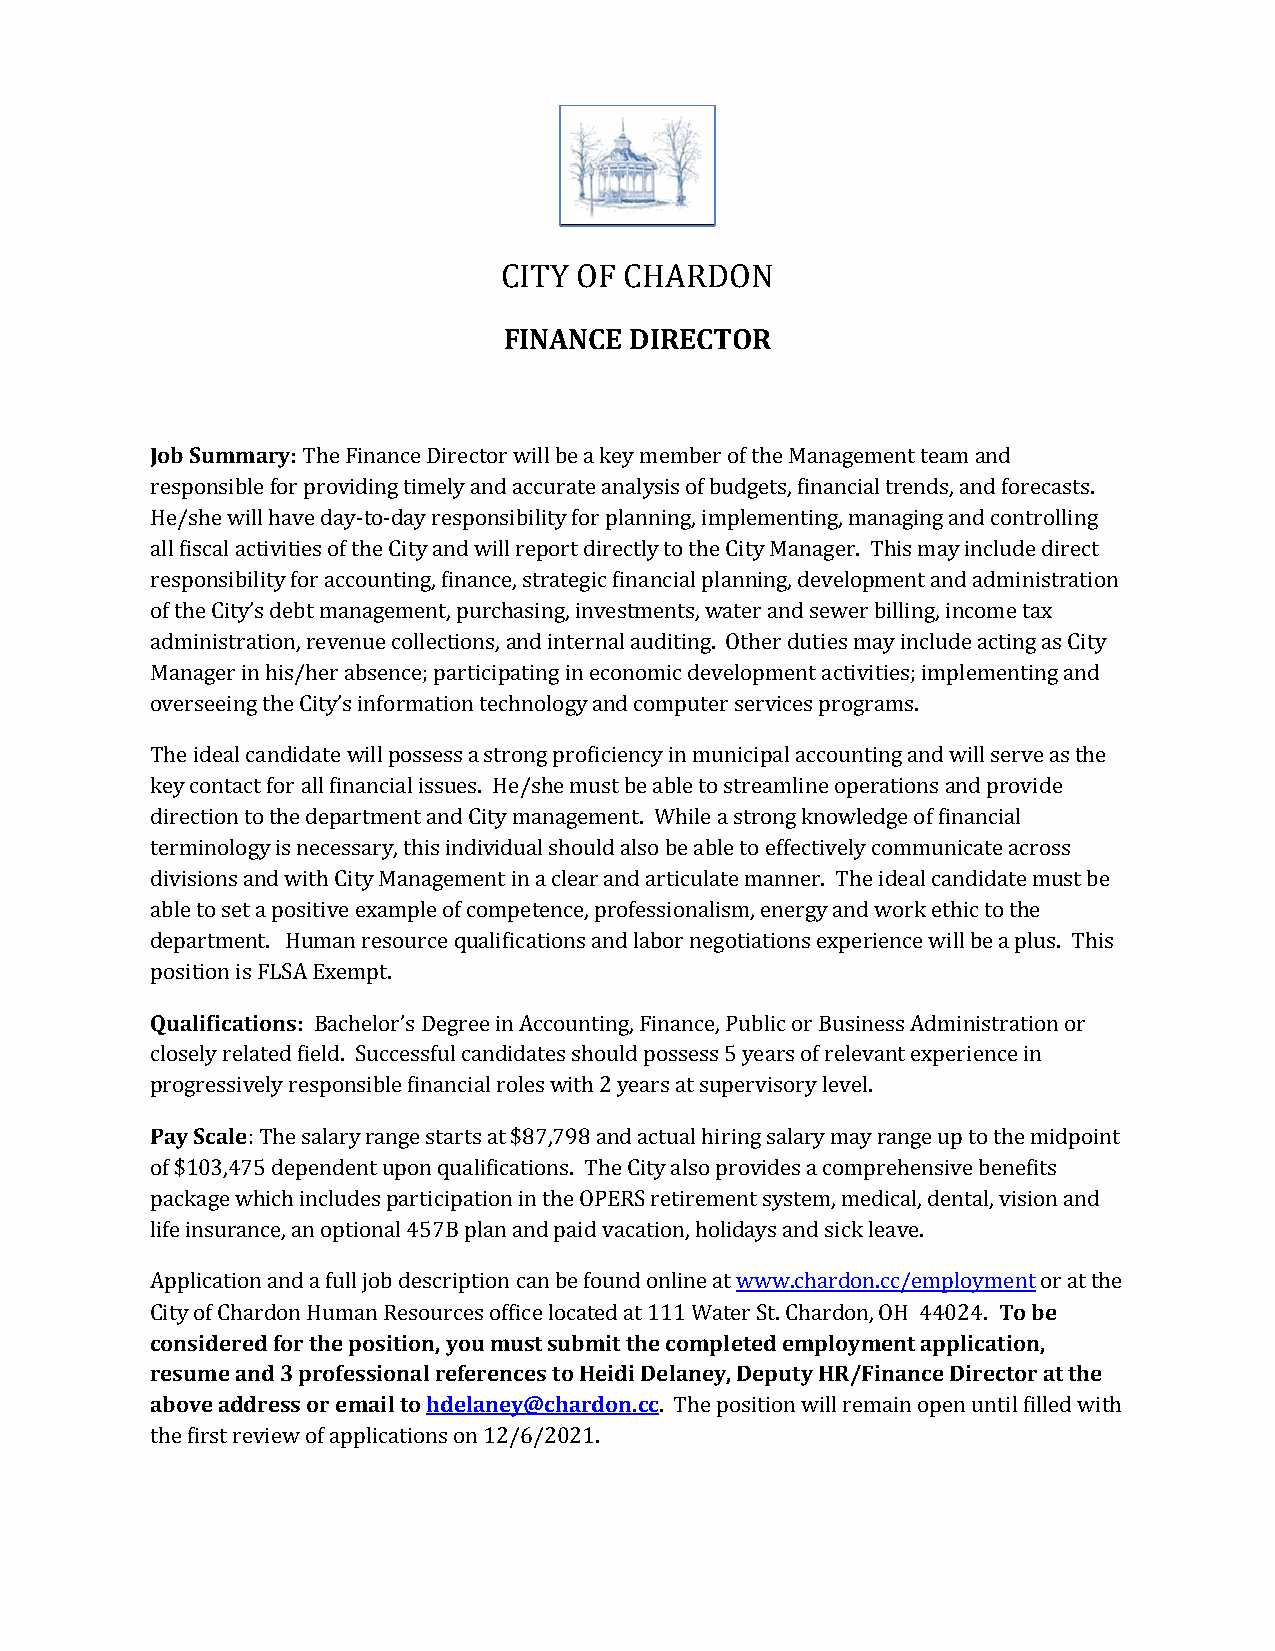
CITY OF CHARDON
 FINANCE  DIRECTOR
 Job Summary: The Finance Director will be a key member of the Management team and
 responsible for providing timely and accurate analysis of budgets, financial trends, and forecasts.
 He/she will have day-to-day responsibility for planning, implementing, managing and controlling
 all fiscal activities of the City and will report directly to the City Manager. This may include direct
 responsibility for accounting, finance, strategic financial planning, development and administration
 of the City’s debt management, purchasing, investments, water and sewer billing, income tax
 administration, revenue collections, and internal auditing. Other duties may include acting as City
 Manager in his/her absence; participating in economic development activities; implementing and
 overseeing the City’s information technology and computer services programs.
 The ideal candidate will possess a strong proficiency in municipal accounting and will serve as the
 key contact for all financial issues. He/she must be able to streamline operations and provide
 direction to the department and City management. While a strong knowledge of financial
 terminology is necessary, this individual should also be able to effectively communicate across
 divisions and with City Management in a clear and articulate manner. The ideal candidate must be
 able to set a positive example of competence, professionalism, energy and work ethic to the
 department. Human resource qualifications and labor negotiations experience will be a plus. This
 position is FLSA Exempt.
 Qualifications: Bachelor’s Degree in Accounting, Finance, Public or Business Administration or
 closely related field. Successful candidates should possess 5 years of relevant experience in
 progressively responsible financial roles with 2 years at supervisory level.
 Pay Scale: The salary range starts at $87,798 and actual hiring salary may range up to the midpoint
 of $103,475 dependent upon qualifications. The City also provides a comprehensive benefits
 package which includes participation in the OPERS retirement system, medical, dental, vision and
 life insurance, an optional 457B plan and paid vacation, holidays and sick leave.
 Application and a full job description can be found online at www.chardon.cc/employment or at the
 City of Chardon Human Resources office located at 111 Water St. Chardon, OH 44024. To be
 considered for the position, you must submit the completed employment application,
 resume and 3 professional references to Heidi Delaney, Deputy HR/Finance Director at the
 above address or email to hdelaney@chardon.cc. The position will remain open until filled with
 the first review of applications on 12/6/2021.